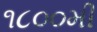
૧૮૦૦મી